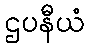
ဌပနီယံ